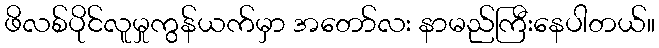
ဖိလစ်ပိုင်လူမှုကွန်ယက်မှာ အတော်လး နာမည်ကြီးနေပါတယ်။